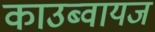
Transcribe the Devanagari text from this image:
काउब्वायज